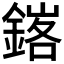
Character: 𨩟